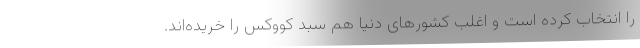
را انتخاب کرده است و اغلب کشورهای دنیا هم سبد کووکس را خریده‌اند.